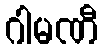
ဂါမဏီ